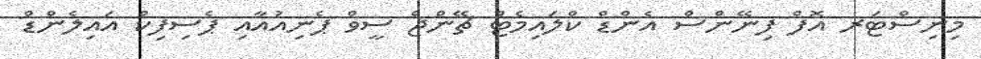
މިނިސްޓަރ އޮފް ފިނޭންސް އެންޑް ކްލައިމެޓް ޗޭންޖް ސީވް ޕެނިއުއާއި ޕެސިފިކް އައިލެންޑް